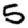
Digit: 5